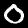
Digit: 0